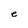
Character: e